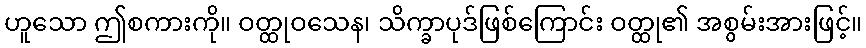
ဟူသော ဤစကားကို။ ဝတ္ထုဝသေန၊ သိက္ခာပုဒ်ဖြစ်ကြောင်း ဝတ္ထု၏ အစွမ်းအားဖြင့်။